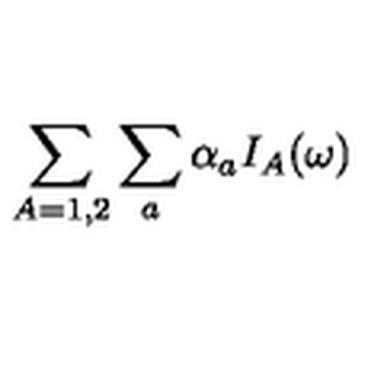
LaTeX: \sum _ { A = 1 , 2 } \sum _ { a } \alpha _ { a } I _ { A } ( \omega )